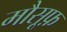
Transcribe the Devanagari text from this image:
मौसूफ़